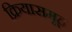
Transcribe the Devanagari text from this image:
क्रियासमूह